Insane asylums in Bengal annual reports 1867-1875 - 1867-1875
Year: 1867
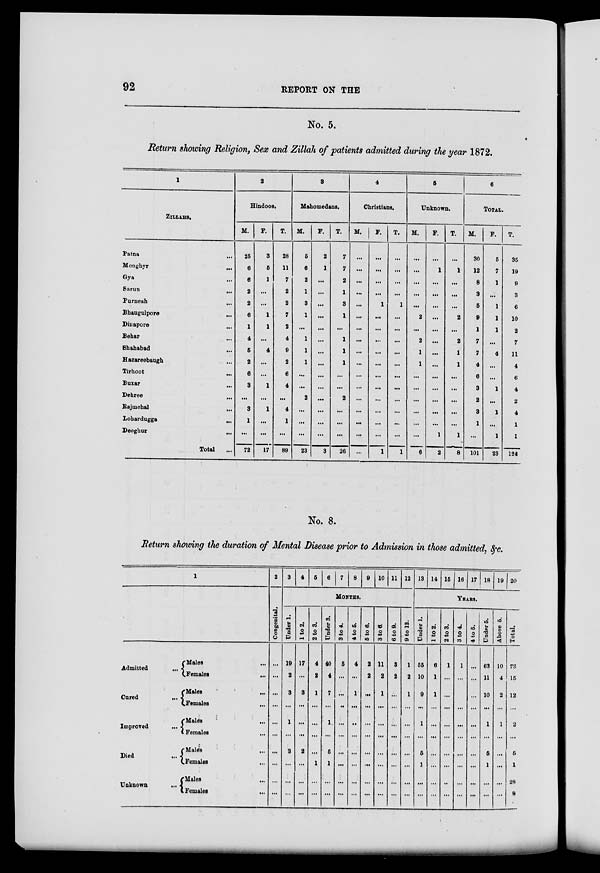
92
REPORT ON THE
No. 5.
Return showing Religion, Sex and Zillah of patients admitted during the year 1872.
1
ZlLLAHS.
Patna ...
Monghyr ...
Gya ...
Sarun
...
Purneah
...
Bhaugulpore ...
Dinapore
...
Behar ...
Shahabad
...
Hazareebaugh ...
Tirhoot ...
Buxar
...
Dehree
...
Rajmehal
...
Lohardugga
...
Deoghur
...
Total ...
2
Hindoos.
M.
25
6
6
2
2
6
1
4
5
2
6
3
...
3
1
...
72
F.
3
5
1
...
...
1
1
...
4
...
...
1
...
1
...
...
17
T.
28
11
7
2
2
7
2
4
9
2
6
4
...
4
1
...
89
3
Mahomedans.
M.
5
6
2
1
3
1
...
1
1
1
...
...
2
...
...
...
23
F.
2
1
...
...
...
...
...
...
...
...
...
...
...
...
...
...
3
T.
7
7
2
1
3
1
...
1
1
1
...
...
2
...
...
...
26
4
Christians.
M.
...
...
...
...
...
...
...
...
...
...
...
...
...
...
...
...
...
F.
...
...
...
...
1
...
...
...
...
...
...
...
...
...
...
...
1
T.
...
...
...
...
1
...
...
...
...
...
...
...
...
...
...
...
1
5
Unknown.
M.
...
...
...
...
...
2
...
2
1
1
...
...
...
...
...
...
6
F.
...
1
...
...
...
...
...
...
...
...
...
...
...
...
...
1
2
T.
...
1
...
...
...
2
...
2
1
1
...
...
...
...
...
1
8
6
TOTAL.
M.
30
12
8
3
5
9
1
7
7
4
6
3
2
3
1
...
101
F.
5
7
1
...
1
1
1
...
4
...
...
1
...
1
...
1
23
T.
35
19
9
3
6
10
2
7
11
4
6
4
2
4
1
1
124
No. 8.
Return showing the duration of Mental Disease prior to Admission in those admitted, &c.
1
Admitted
...
Cured
...
Improved
...
Died
...
Unknown
...
Males ...
Females
...
Males
...
Females ...
Males ...
Females ...
Males ...
Females
...
Males ...
Females
...
2
Congenital.
...
...
...
...
...
...
...
...
...
...
3 4 5 6 7 8 9 10 11 12
MONTHS.
Under 1.
19
2
3
...
1
...
3
...
...
...
1 to 2.
17
...
3
...
...
...
2
...
...
...
2 to 3.
4
2
1
...
...
...
...
1
...
...
Under 3.
40
4
7
...
1
...
5
1
...
...
3 to 4.
5
...
...
...
...
...
...
...
...
...
4 to 5.
4
...
1
...
...
...
...
...
...
...
5 to 6.
2
2
...
...
...
...
...
...
...
...
3 to 6.
11
2
1
...
...
...
...
...
...
...
6 to 9.
3
2
...
...
...
...
...
...
...
...
9 to 12.
1
2
1
...
...
...
...
...
...
...
13 14 15 16 17 18 19 20
YEARS.
Under 1.
55
10
9
...
1
...
5
1
...
...
1 to 2.
6
1
1
...
...
...
...
...
...
...
2 to 3.
1
...
...
...
...
...
...
...
...
...
3 to 4.
1
...
...
...
...
...
...
...
...
...
4 to 5.
...
...
...
...
...
...
...
...
...
...
Under 5.
63
11
10
...
1
...
5
1
...
...
Above 5.
10
4
2
...
1
...
...
...
...
...
Total.
73
15
12
...
2
...
5
1
28
8